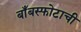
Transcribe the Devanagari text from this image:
बाँबस्फोटाची